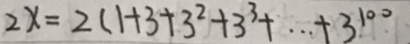
2 x = 2 ( 1 + 3 + 3 ^ { 2 } + 3 ^ { 3 } + \cdots + 3 ^ { 1 0 0 }